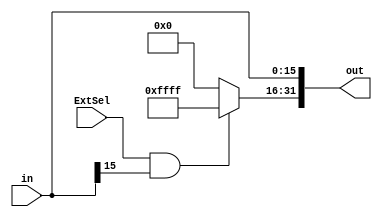
`timescale 1ns / 1ps
//////////////////////////////////////////////////////////////////////////////////
// Company: 
// Engineer: 
// 
// Design Name: 
// Module Name: SignOrZeroExtend
// Project Name: 
// Target Devices: 
// Tool Versions: 
// Description: 
// 
// Dependencies: 
// 
// Revision:
// Revision 0.01 - File Created
// Additional Comments:
// 
//////////////////////////////////////////////////////////////////////////////////


module SignOrZeroExtend(
    input [15:0] in,
    input ExtSel,
    output [31:0] out
    );
    assign out[15:0] = in[15:0];
    assign out[31:16] = (ExtSel && in[15]) ? 16'hFFFF : 16'h0000;
endmodule